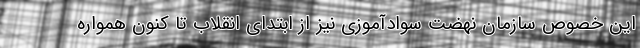
این خصوص سازمان نهضت سوادآموزی نیز از ابتدای انقلاب تا کنون همواره